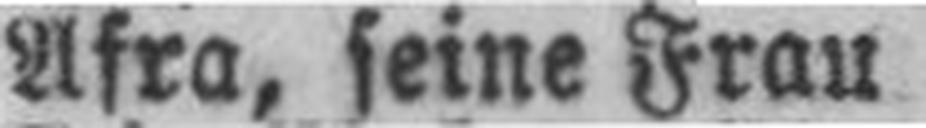
Afra, seine Frau